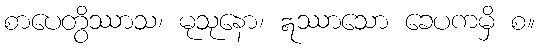
စာပေတွိဿာသ၊ မုသုနော၊ ဣဿာသော ခေပကမှိ စ။